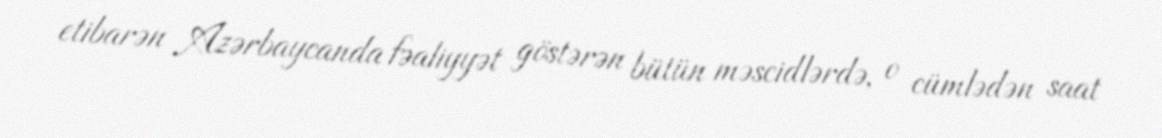
etibarən Azərbaycanda fəaliyyət göstərən bütün məscidlərdə, o cümlədən saat